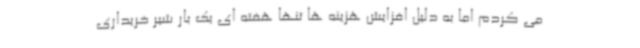
می کردم اما به دلیل افزایش هزینه ها تنها هفته ای یک بار شیر خریداری